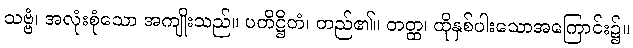
သဗ္ဗံ၊ အလုံးစုံသော အကျိုးသည်။ ပတိဋ္ဌိတံ၊ တည်၏။ တတ္ထ၊ ထိုနှစ်ပါးသောအကြောင်း၌။